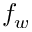
f _ { w }